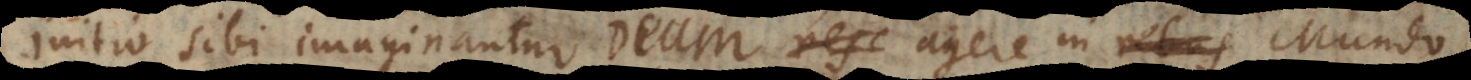
initio sibi imaginantur Deum agere in rebus Mundo